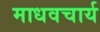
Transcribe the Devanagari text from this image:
माधवचार्य